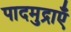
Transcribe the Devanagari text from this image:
पादमुद्राएँ